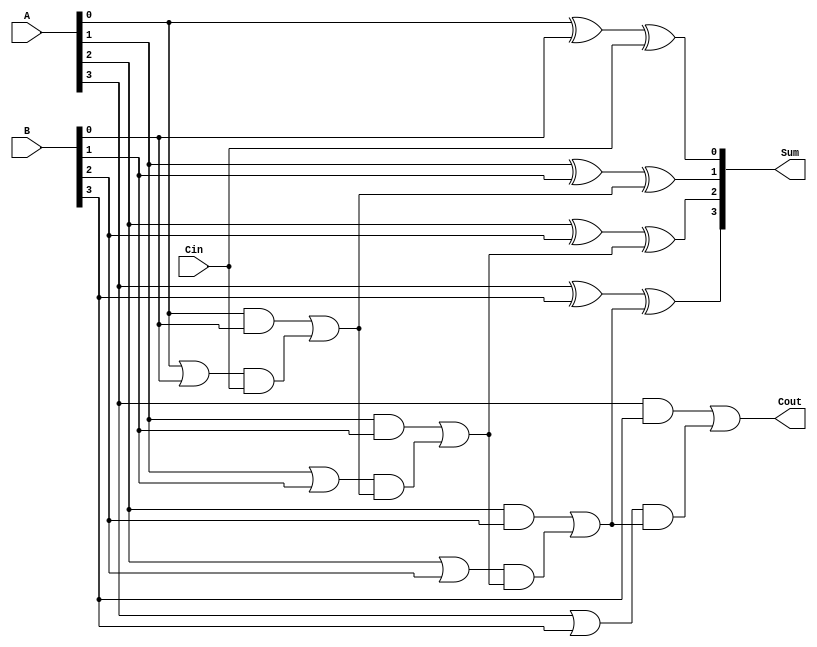
module CILA #(parameter n = 4) (
    input  wire [n-1:0] A,      // n-bit input A
    input  wire [n-1:0] B,      // n-bit input B
    input  wire Cin,            // Carry In
    output wire [n-1:0] Sum,    // n-bit Sum output
    output wire Cout            // Carry Out
);

    // Generate and Propagate signals
    wire [n-1:0] G; // Generate signals
    wire [n-1:0] P; // Propagate signals
    wire [n:0] C;   // Carry signals

    // Generate and Propagate calculations
    genvar i;
    generate
        for (i = 0; i < n; i = i + 1) begin : gen_prop
            assign G[i] = A[i] & B[i]; // Generate
            assign P[i] = A[i] | B[i]; // Propagate
        end
    endgenerate

    // Carry Lookahead Logic
    assign C[0] = Cin; // Initial carry input
    generate
        for (i = 1; i <= n; i = i + 1) begin : carry_logic
            assign C[i] = G[i-1] | (P[i-1] & C[i-1]);
        end
    endgenerate

    // Sum calculation
    generate
        for (i = 0; i < n; i = i + 1) begin : sum_calc
            assign Sum[i] = A[i] ^ B[i] ^ C[i]; // Sum
        end
    endgenerate

    // Final Carry Out
    assign Cout = C[n];

endmodule